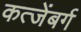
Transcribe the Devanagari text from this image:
कत्जेंबर्ग